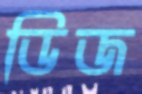
ডিজ